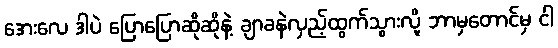
အေးလေ ဒါပဲ ပြောပြောဆိုဆိုနဲ့ ချာခနဲလှည့်ထွက်သွားလို့ ဘာမှတောင်မှ ငါ